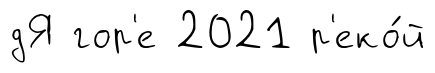
дЯ гор'е 2021 р'еко́й